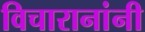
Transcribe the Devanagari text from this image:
विचारानांनी